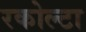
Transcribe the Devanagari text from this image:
रकोल्टा